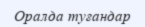
Оралда туғандар